FBI Photo B16
Agency: FBI
Incident date: Late 2025
Incident location: Western United States
Page 1
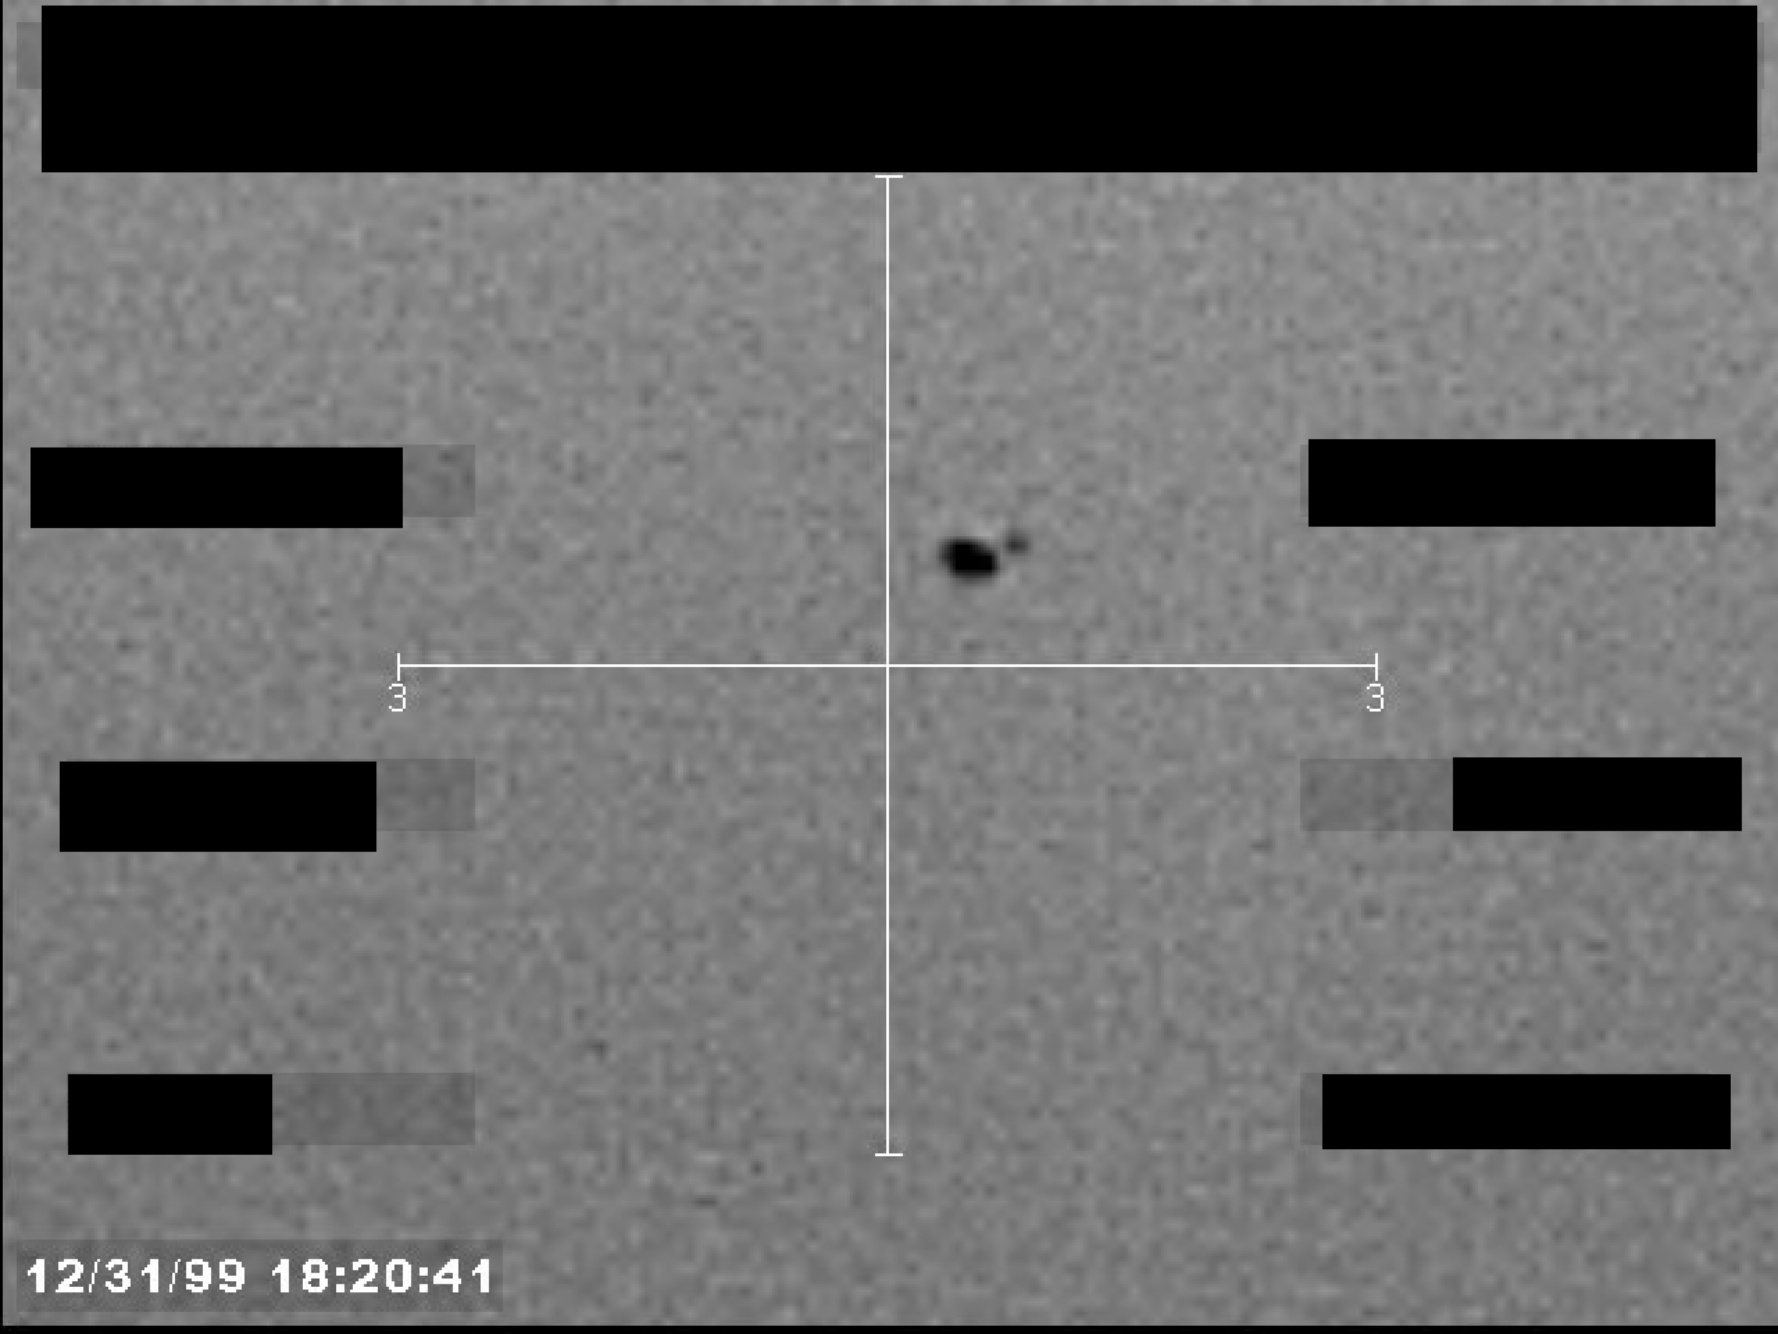